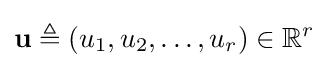
\mathbf {u} \triangleq (u_{1},u_{2},\dots ,u_{r})\in \mathbb {R} ^{r}